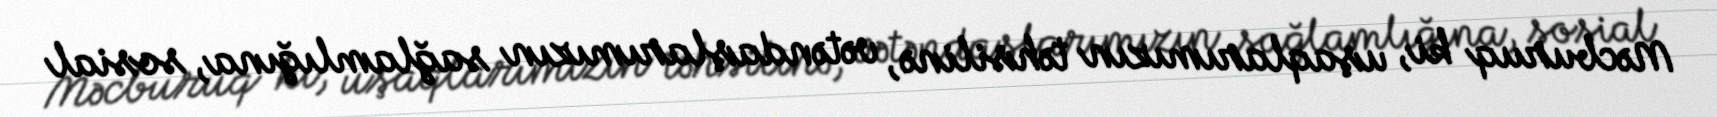
Məcburuq ki, uşaqlarımızın təhsilinə, vətəndaşlarımızın sağlamlığına, sosial